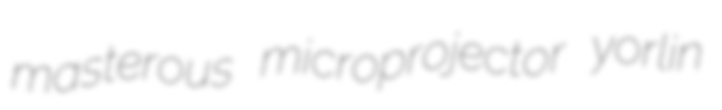
masterous microprojector yorlin